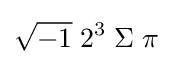
{\sqrt {-1}}\;2^{3}\;\Sigma \;\pi